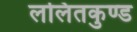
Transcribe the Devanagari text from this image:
ललितकुण्ड